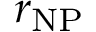
r _ { \mathrm { N P } }